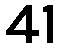
41